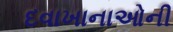
દવાખાનાઓની